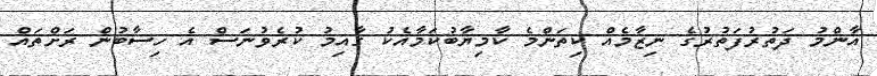
އާންމު ދަތުރުފަތުރުގެ ނިޒާމެއް ކިތަންމެ ކާމިޔާބުކަމާއެކު ގާއިމު ކުރެވުނަސް އެ ހިސާބުން ރަށްތައް